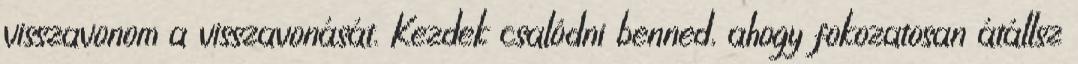
visszavonom a visszavonását. Kezdek csalódni benned, ahogy fokozatosan átállsz